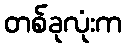
တစ်ခုလုံးက